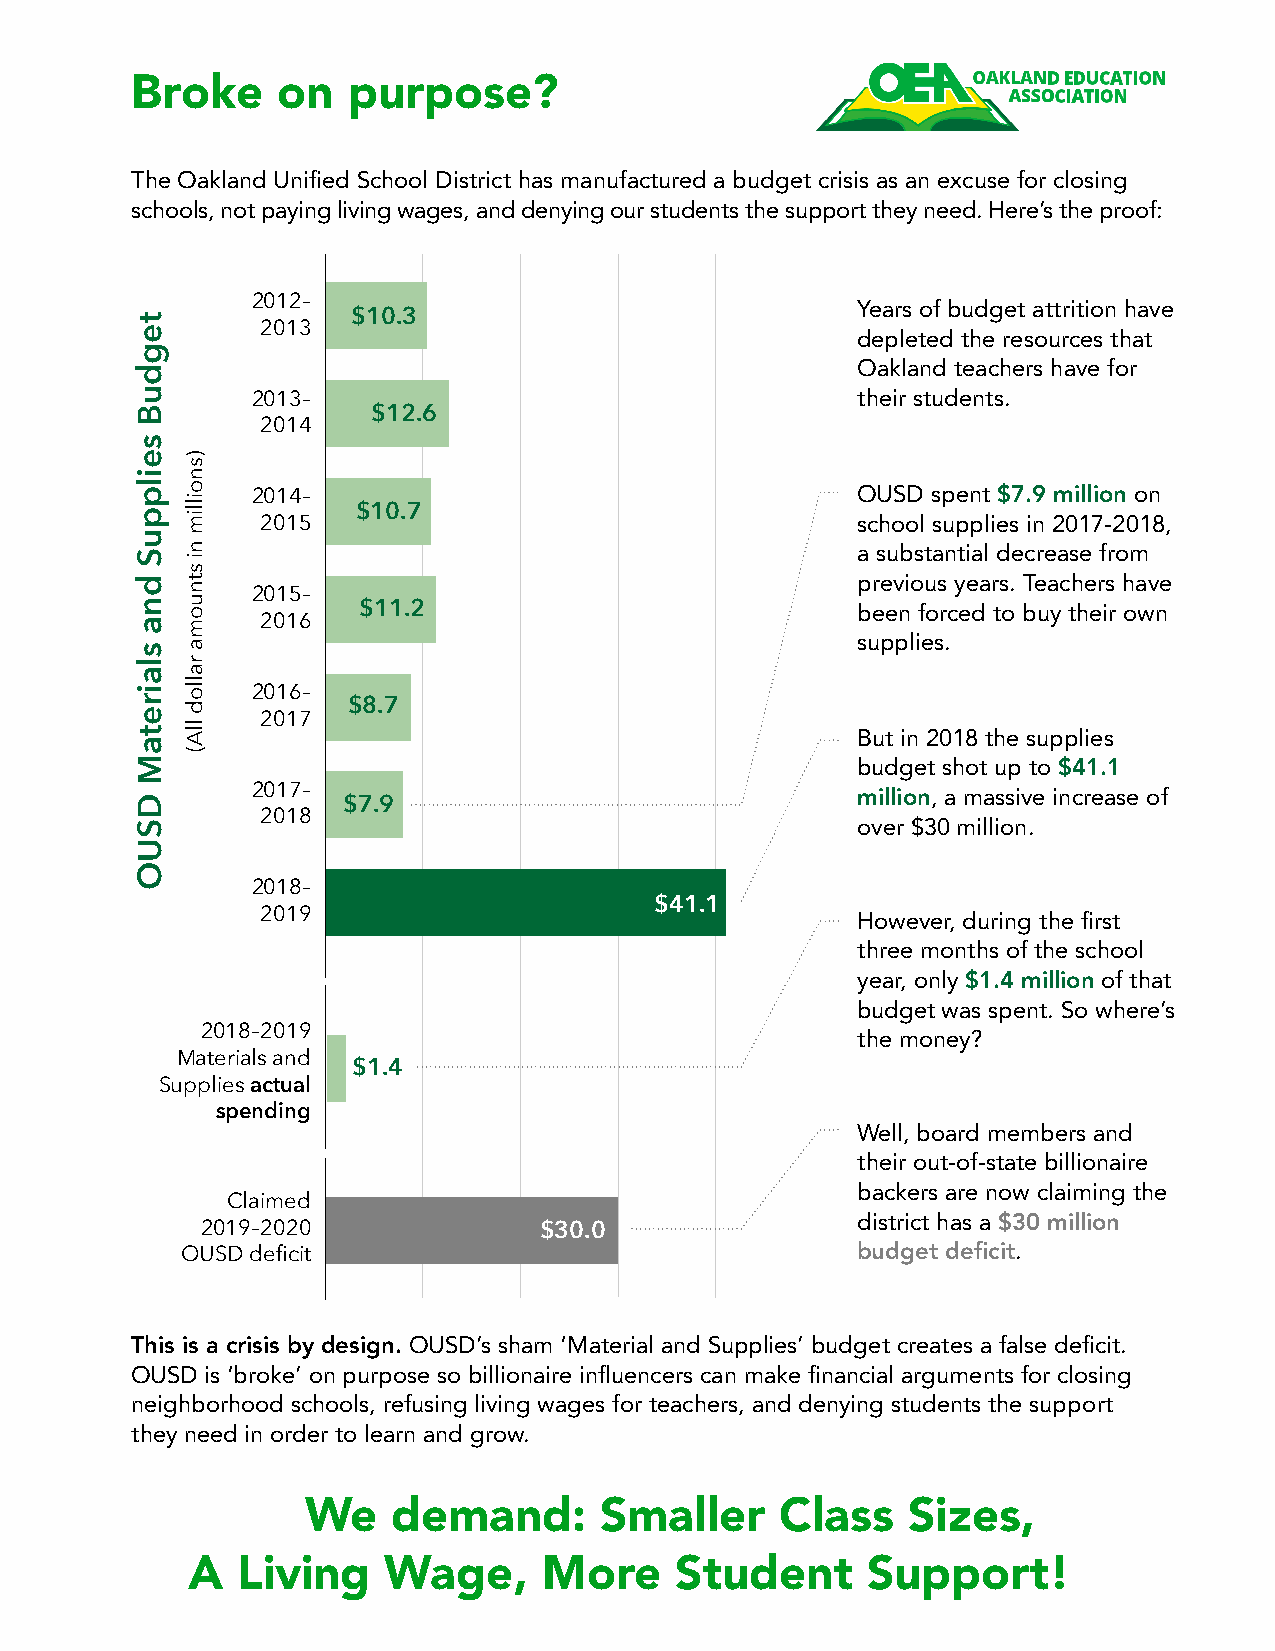
Broke    on   purpose?
 The Oakland Unified School District has manufactured a budget crisis as an excuse for closing
 schools, not paying living wages, and denying our students the support they need. Here’s the proof:
 2012–                                   Years of budget attrition have
 $10.3
 2013
 depleted the resources that
 Oakland teachers have for
 2013–                                   their students.
 $12.6
 2014
 OUSD spent $7.9 million on
 2014–
 $10.7
 2015                                    school supplies in 2017-2018,
 a substantial decrease from
 previous years. Teachers have
 2015–
 $11.2                            been forced to buy their own
 2016
 supplies.
 2016–
 $8.7
 2017
 But in 2018 the supplies
 budget shot up to $41.1
 2017–                                   million, a massive increase of $7.9
 2018
 over $30 million.
 2018–
 $41.1
 2019                                    However, during the first
 three months of the school
 year, only $1.4 million of that
 budget was spent. So where’s
 2018–2019                                   the money?
 Materials and
 $1.4
 Supplies actual
 spending
 Well, board members and
 their out-of-state billionaire
 backers are now claiming the
 Claimed
 district has a $30 million
 2019–2020              $30.0
 budget deficit.
 OUSD deficit
 This is a crisis by design. OUSD’s sham ‘Material and Supplies’ budget creates a false deficit.
 OUSD is ‘broke’ on purpose so billionaire influencers can make financial arguments for closing
 neighborhood schools, refusing living wages for teachers, and denying students the support
 they need in order to learn and grow.
 We    demand:       Smaller     Class   Sizes,
 A   Living    Wage,     More     Student     Support!
 tegduB
 seilppuS
 dna
 slairetaM
 DSUO
 )snoillim
 ni
 stnuoma
 rallod
 llA(